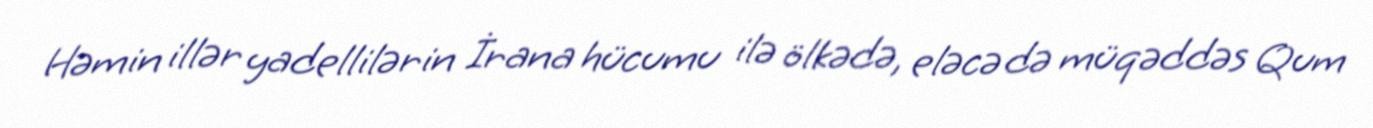
Həmin illər yadellilərin İrana hücumu ilə ölkədə, eləcə də müqəddəs Qum